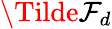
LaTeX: \Tilde{\mathcal{F}_{d}}